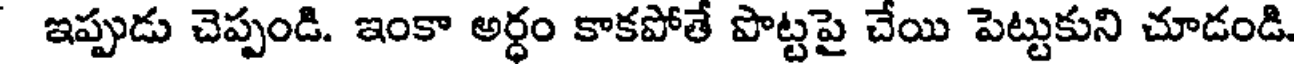
ఇప్పుడు చెప్పండి. ఇంకా అర్ధం కాకపోతే పొట్టపై చేయి పెట్టుకుని చూడండి